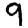
Digit: 9